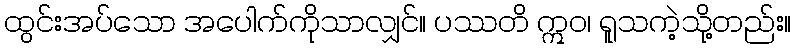
ထွင်းအပ်သော အပေါက်ကိုသာလျှင်။ ပဿတိ ဣဝ၊ ရူသကဲ့သို့တည်း။